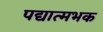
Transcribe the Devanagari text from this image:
पद्यात्मभक